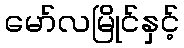
မော်လမြိုင်နှင့်